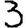
Digit: 3